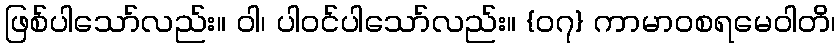
ဖြစ်ပါသော်လည်း။ ဝါ၊ ပါဝင်ပါသော်လည်း။ {၀၇} ကာမာဝစရမေဝါတိ၊